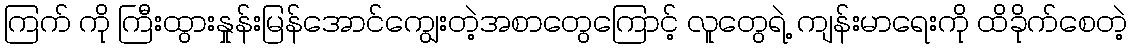
ကြက် ကို ကြီးထွားနှုန်းမြန်အောင်ကျွေးတဲ့အစာတွေကြောင့် လူတွေရဲ့ ကျန်းမာရေးကို ထိခိုက်စေတဲ့